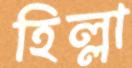
হিল্লা